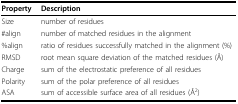
| Property | Description |
 | --- | --- |
 | Size | number of residues |
 | #align | number of matched residues in the alignment |
 | %align | ratio of residues successfully matched in the alignment (%) |
 | RMSD | root mean square deviation of the matched residues (Å) |
 | Charge | sum of the electrostatic preference of all residues |
 | Polarity | sum of the polar preference of all residues |
 | ASA | sum of accessible surface area of all residues (Å2) |